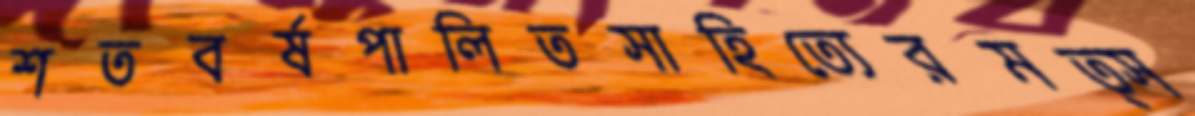
শতবর্ষপালিতসাহিত্যেরমত্স